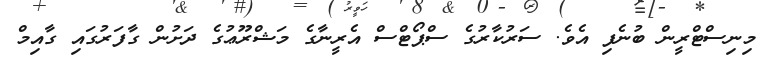
މިނިސްޓްރީން ބުނެފި އެވެ. ސަރުކާރުގެ ސްޕޯޓްސް އެރީނާގެ މަޝްރޫޢުގެ ދަށުން ގާފަރުގައި ގާއިމް